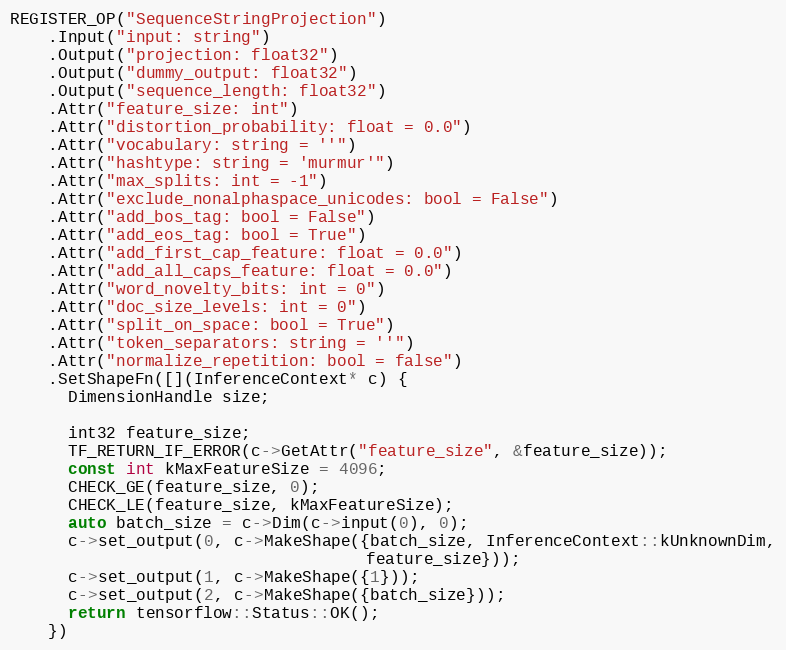
Language: C++
REGISTER_OP("SequenceStringProjection")
    .Input("input: string")
    .Output("projection: float32")
    .Output("dummy_output: float32")
    .Output("sequence_length: float32")
    .Attr("feature_size: int")
    .Attr("distortion_probability: float = 0.0")
    .Attr("vocabulary: string = ''")
    .Attr("hashtype: string = 'murmur'")
    .Attr("max_splits: int = -1")
    .Attr("exclude_nonalphaspace_unicodes: bool = False")
    .Attr("add_bos_tag: bool = False")
    .Attr("add_eos_tag: bool = True")
    .Attr("add_first_cap_feature: float = 0.0")
    .Attr("add_all_caps_feature: float = 0.0")
    .Attr("word_novelty_bits: int = 0")
    .Attr("doc_size_levels: int = 0")
    .Attr("split_on_space: bool = True")
    .Attr("token_separators: string = ''")
    .Attr("normalize_repetition: bool = false")
    .SetShapeFn([](InferenceContext* c) {
      DimensionHandle size;

      int32 feature_size;
      TF_RETURN_IF_ERROR(c->GetAttr("feature_size", &feature_size));
      const int kMaxFeatureSize = 4096;
      CHECK_GE(feature_size, 0);
      CHECK_LE(feature_size, kMaxFeatureSize);
      auto batch_size = c->Dim(c->input(0), 0);
      c->set_output(0, c->MakeShape({batch_size, InferenceContext::kUnknownDim,
                                     feature_size}));
      c->set_output(1, c->MakeShape({1}));
      c->set_output(2, c->MakeShape({batch_size}));
      return tensorflow::Status::OK();
    })